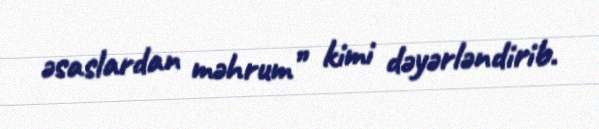
əsaslardan məhrum” kimi dəyərləndirib.